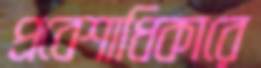
প্রবেশাধিকারে